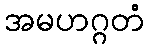
အမဟဂ္ဂတံ